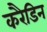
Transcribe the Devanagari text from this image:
करैडिन